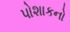
પોશાકનો